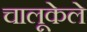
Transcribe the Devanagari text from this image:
चालूकेले